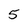
Character: 5